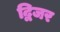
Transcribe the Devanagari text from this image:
द्विजर